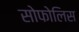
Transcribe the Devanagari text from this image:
सोफोलिस